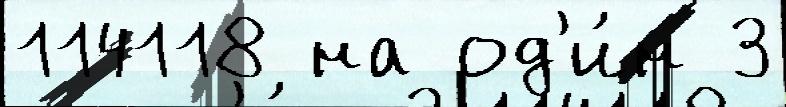
114118 на од'и́н 3